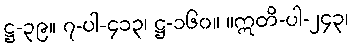
ဋ္ဌ-၃၉။ ၇-ပါ-၄၁၃၊ ဋ္ဌ-၁၆၀။ ။ဣတိ-ပါ-၂၄၃၊